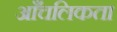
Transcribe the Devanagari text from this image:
आँचलिकता